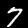
Label: 7